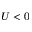
U < 0